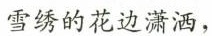
雪绣的花边潇洒，